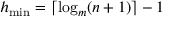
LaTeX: h _ { \mathrm { m i n } } = \lceil \log _ { m } ( n + 1 ) \rceil - 1